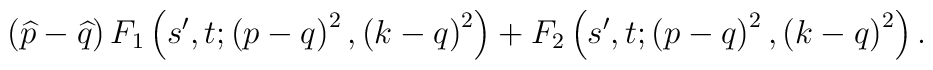
\left( \widehat{p}-\widehat{q}\right) F_1\left( s^{\prime},t;\left( p-q\right) ^2,\left( k-q\right) ^2\right) +F_2\left(s^{\prime},t;\left( p-q\right) ^2,\left( k-q\right) ^2\right) .